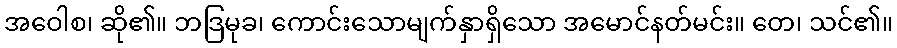
အဝေါစ၊ ဆို၏။ ဘဒြမုခ၊ ကောင်းသောမျက်နှာရှိသော အမောင်နတ်မင်း။ တေ၊ သင်၏။